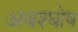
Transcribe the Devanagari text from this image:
अवश्घोष